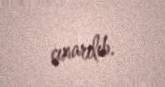
çıxarılıb.